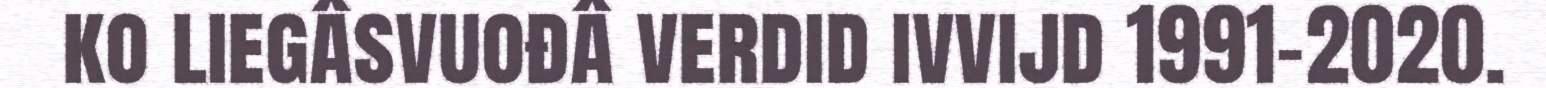
ko liegâsvuođâ verdid ivvijd 1991−2020.